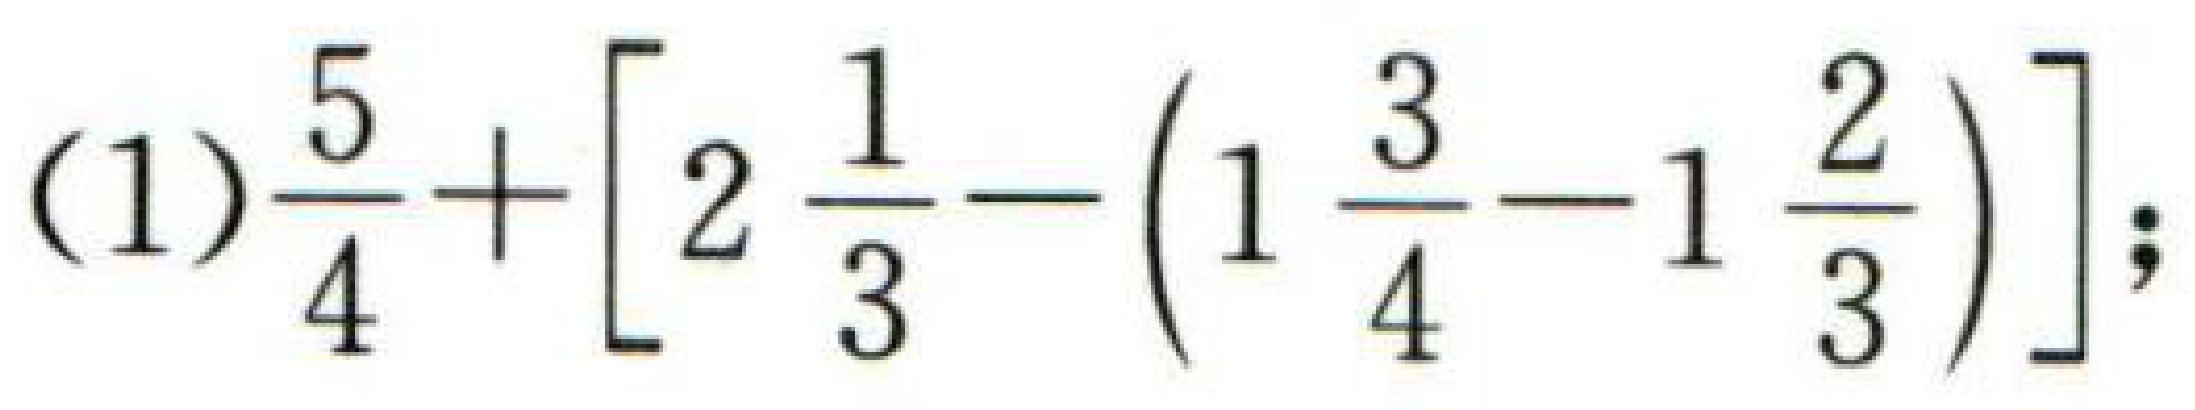
\((1)\frac{5}{4}+\left[2\frac{1}{3}-\left(1\frac{3}{4}-1\frac{2}{3}\right)\right];\)